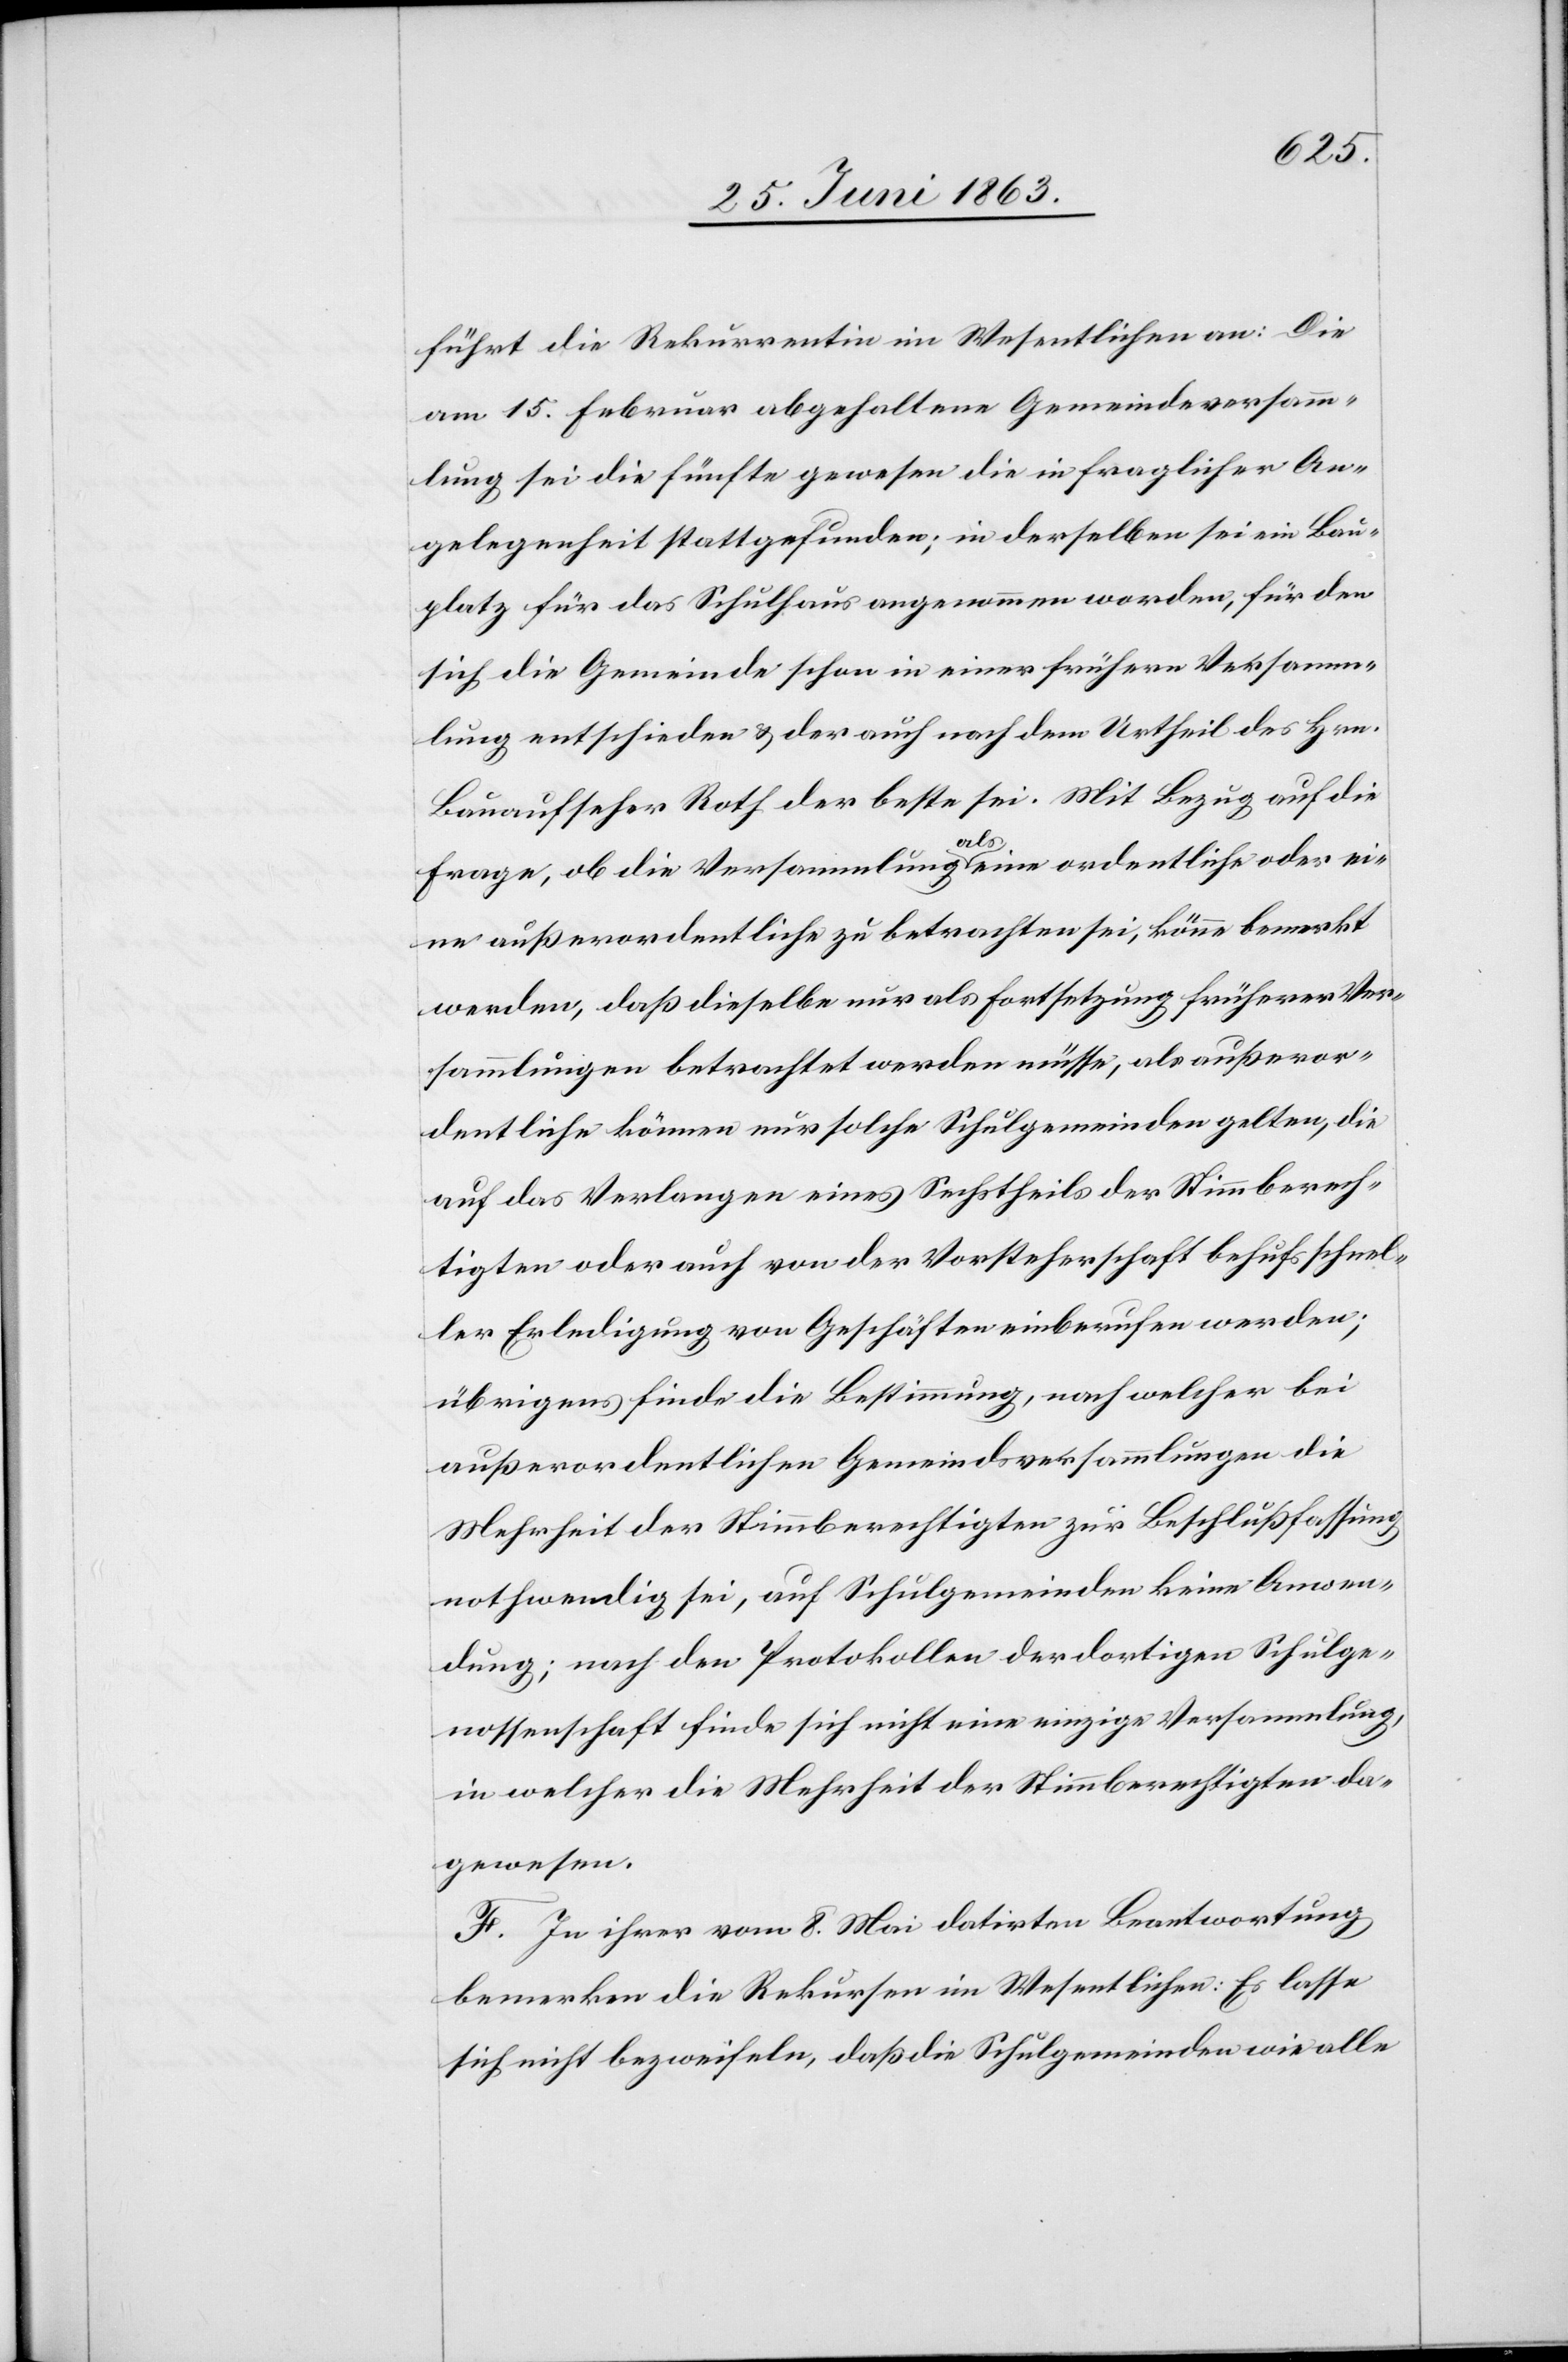
führt die Rekurrentin im Wesentlichen an: Die
am 15. Februar abgehaltene Gemeindeversam¬
mlung sei die fünfte gewesen die in fraglicher An¬
gelegenheit stattgefunden; in derselben sei ein Bau¬
platz für das Schulhaus angenommen worden, für den
sich die Gemeinde schon in einer frühern Versamm¬
lung entschieden & der auch nach dem Urtheil des Hrn.
Bauaufseher Roth der beste sei. Mit Bezug auf die
Frage, ob die Versammlung als eine ordentliche oder ei¬
ne außerordentliche zu betrachten sei, könne bemerkt
werden, daß dieselbe nur als Fortsetzung früherer Ver¬
sammlungen betrachtet werden müsse, als außeror¬
dentliche können nur solche Schulgemeinden gelten, die
auf das Verlangen eines Sechstheils der Stimmberech¬
tigten oder auch von der Vorsteherschaft behufs schnel¬
ler Erledigung von Geschäften einberufen werden;
übrigens finde die Bestimmung, nach welcher bei
außerordentlichen Gemeindsversammlungen die
Mehrheit der Stimmberechtigten zur Beschlußfassung
nothwendig sei, auf Schulgemeinden keine Anwen¬
dung; nach den Protokollen der dortigen Schulge¬
nossenschaft finde sich nicht eine einzige Versammlung,
in welcher die Mehrheit der Stimmberechtigten da¬
gewesen.
F. In ihrer vom 8. Mai datirten Beantwortung
bemerken die Rekursen im Wesentlichen: Es lasse
sich nicht bezweifeln, daß die Schulgemeinden wie alle